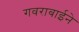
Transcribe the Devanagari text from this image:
गवराबाईने